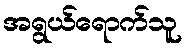
အရွယ်ရောက်သူ